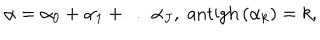
\alpha = \alpha _ { 0 } + \alpha _ { 1 } + \ldots \alpha _ { J } , \; \mathrm { a n t i g h } \left( \alpha _ { k } \right) = k ,